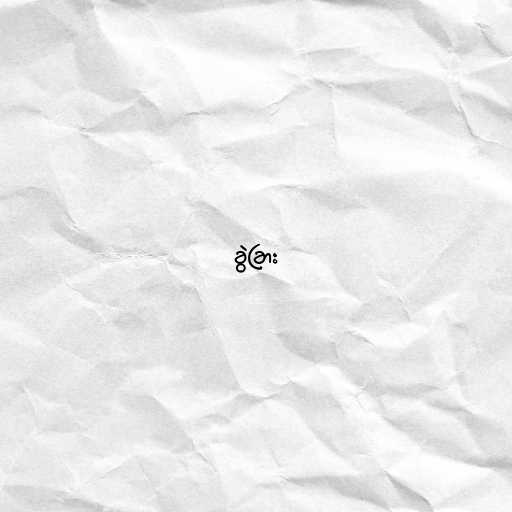
ခွဲခြား